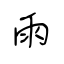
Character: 雨